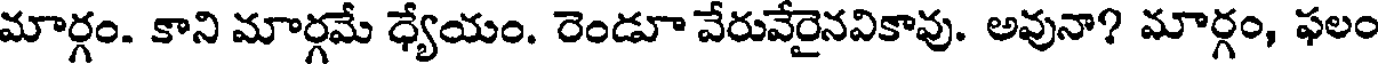
మార్గం. కాని మార్గమే ధ్యేయం. రెండూ వేరువేరైనవికావు. అవునా? మార్గం, ఫలం